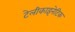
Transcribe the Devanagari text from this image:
टेलीकाइनेटिक